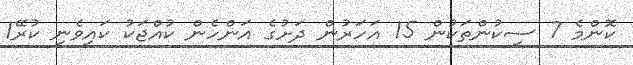
ކޮންމެ 7 ސިކުންތަކުން 15 އަހަރުން ދަށުގެ އަންހެން ކުއްޖަކު ކައިވެނި ކުރޭ1